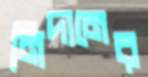
নিদানের